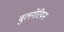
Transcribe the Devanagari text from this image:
बुलगेरियन